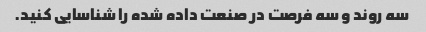
سه روند و سه فرصت در صنعت داده شده را شناسایی کنید.